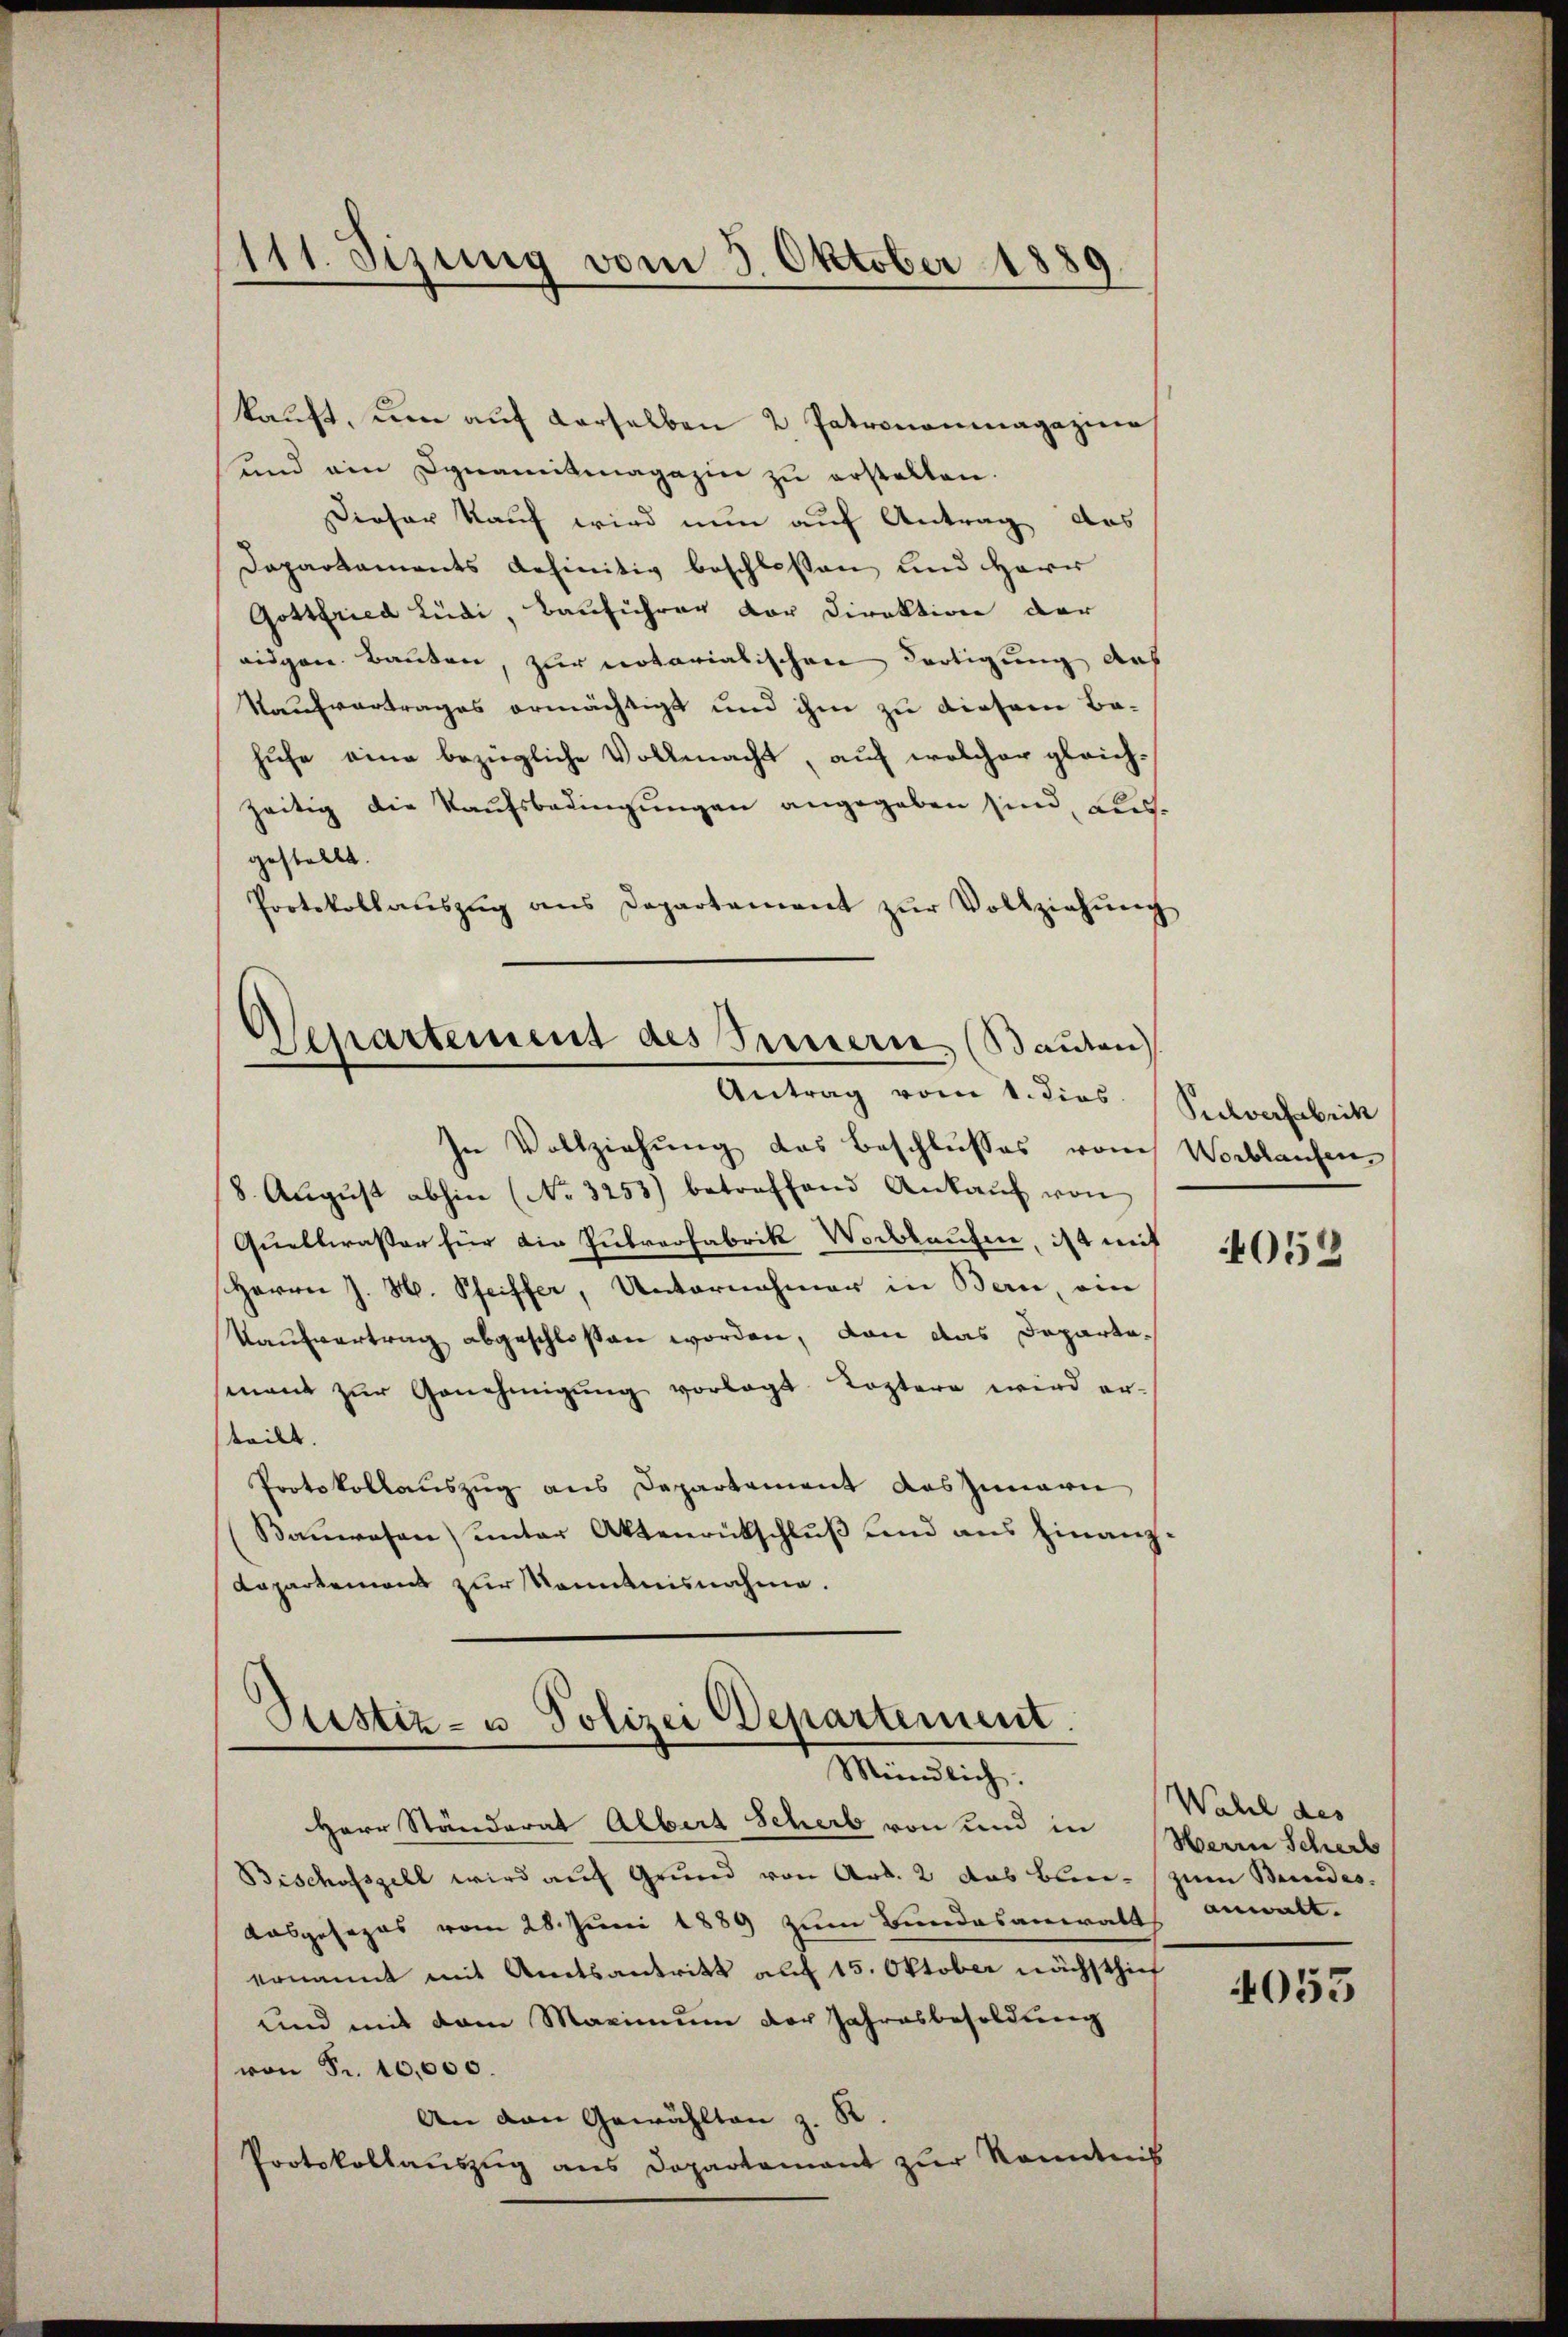
111. Sizung vom 3. Oktober 1889

kaŭft, um auf derselben 2. Patrononmagazine
und ein Dynamitmagazin zu erstalten.
Dieser Kauf wird nun auf Antrag das
Dapartaments befinitiv beschlossen und Herr
Gottfried Lüdi, Bauführer vor Direktion der
eidgen. Bauten, zur notarialischen dortigung aus
Kaufvertrages ermächtigt und ihm zu diesem Bahufe eine bezügliche Vollmacht, auf welcher gleichzeitig die Kaufsbedingungen angegeben sind, ausgestellt.
Protokollaŭszŭg ans Departement zŭr Vollziehŭng
epartement des Innern (Bauten
Antrag vom 1. dies
In Vollziehung das Beschlusses vom Wortlaufen
8. Aŭgŭst abhin (No. 3255) betreffend Ankaŭf von
Quellwasser für die Zutrefabrik Vorbkaufen, ist mit
Herrn J. H. Pfeiffer, Unternehmer in Bern, ein
Kaufvertrag abgeschlossen worden, von das Departasenant zŭr Genehmigŭng vorlegt. Koptern wird er-
teilt.
Protokollauszug aus Departement das Innern
Kanwesen) unter Aktenrückschlŭβ fand ans Finanz.
Dapartemons zur Kenntnisnahme.

Justiz- u. Polizei Departement.
Mündlich.

Herr Ständerat Albert Scherb von und in
Bischofszell wird auf Grund von Art. 2 das blei- zum Bundes-
Aosgesezes vom 28. Juni 1889 zum Bundesanwalt anwalt.
ernannt mit Amtsantritt auf 15. Oktober nächsthief
und mit dem Maximum der Jahresbesoldung
von Fr. 10,000.
An van Gewählten z. R.
Protokollauszug aus Departement zur konntenis

Pulverfabrik

4052

Wahl des
Herrn Scheib

4055